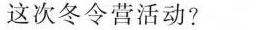
这次冬令营活动?